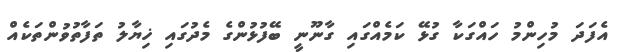
އެފަދަ މުހިންމު ހައްގަކާ ގުޅޭ ކަމެއްގައި ގާނޫނީ ބޭފުޅުންގެ މެދުގައި ޚިޔާލު ތަފާތުވުންތަކެއް